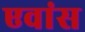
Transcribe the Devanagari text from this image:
एवांस